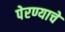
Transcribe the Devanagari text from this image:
पेरण्याचे